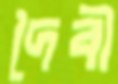
দৈবী